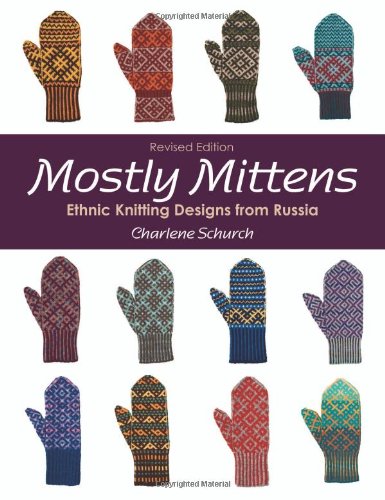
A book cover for Mostly Mittens: Ethnic Knitting Designs from Russia; Charlene Schurch; Crafts, Hobbies & Home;